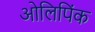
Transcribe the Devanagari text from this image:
ओलिपिंक